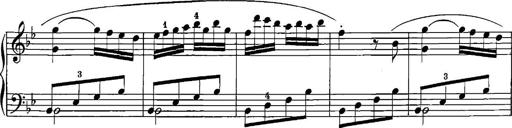
Title: 12 Sonatinas
Composer: Ignaz Pleyel